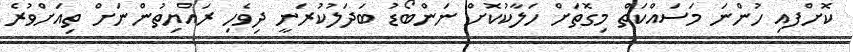
ކޮށްފއި ހުންނަ މަސައްކަތް މިގޮތަށް ހަލާކުކޮށް ނަންބޯޑު ބަދަލުކުރަނީ ދިވެހި ރައްޔިތުންނަށް ތިއަށްވުރެ